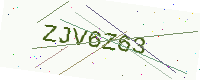
Text: ZJV6Z63